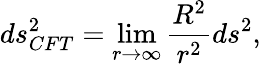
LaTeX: ds_{CFT}^{2}=\operatorname*{lim}_{r\rightarrow\infty}\frac{R^{2}}{r^{2}}ds^{2},